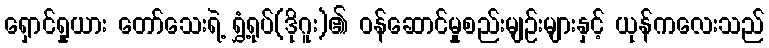
ရှောင်ရှုယား တော်သေးရဲ့ ရွှံ့ရုပ်(ဒိုဂူး)၏ ဝန်ဆောင်မှုစည်းမျဉ်းများနှင့် ယုန်ကလေးသည်